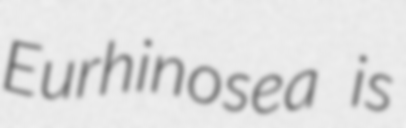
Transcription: Eurhinosea is